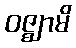
ဝဇ္ဈာမိ